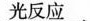
光反应